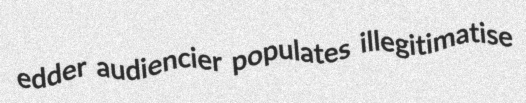
edder audiencier populates illegitimatise